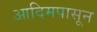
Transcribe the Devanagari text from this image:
आदिमपासून